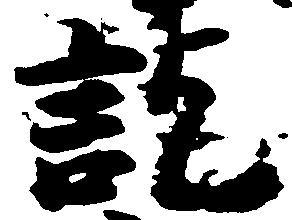
訖